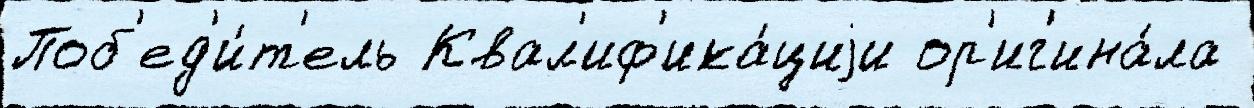
Поб'ед'и́т'ель Квал'иф'ика́циjи ор'иг'ина́ла